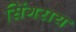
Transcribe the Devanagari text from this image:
सिंगराय